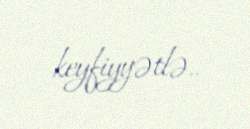
keyfiyyətlə..